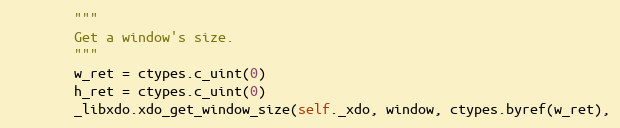
Language: Python
        """
        Get a window's size.
        """
        w_ret = ctypes.c_uint(0)
        h_ret = ctypes.c_uint(0)
        _libxdo.xdo_get_window_size(self._xdo, window, ctypes.byref(w_ret),